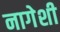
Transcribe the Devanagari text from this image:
नागेशी